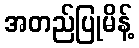
အတည်ပြုမိန့်